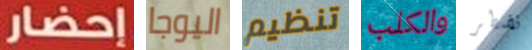
إحضار اليوجا تنظيم والكلب تضطر